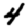
Digit: 4